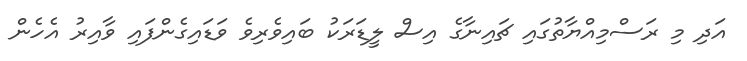
އަދި މި ރަސްމިއްޔާތުގައި ޗައިނާގެ އިސް ލީޑަރަކު ބައިވެރިވެ ވަޑައިގެންފައި ވާއިރު އެހެން